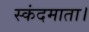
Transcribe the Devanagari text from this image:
स्कंदमाता।